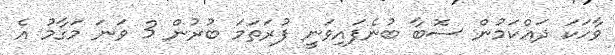
ވާހަކަ ދައްކަމުން ސޮބާ ބުނެފައިވަނީ ފުރަތަމަ ބުރުން 3 ވަނަ މަގާމު އެ